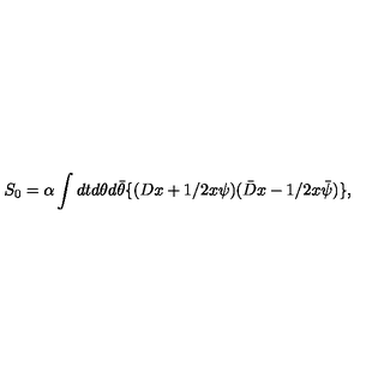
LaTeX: S _ { 0 } = \alpha \int d t d \theta d \bar { \theta } \{ ( D x + 1 / 2 x \psi ) ( \bar { D } x - 1 / 2 x \bar { \psi } ) \} ,